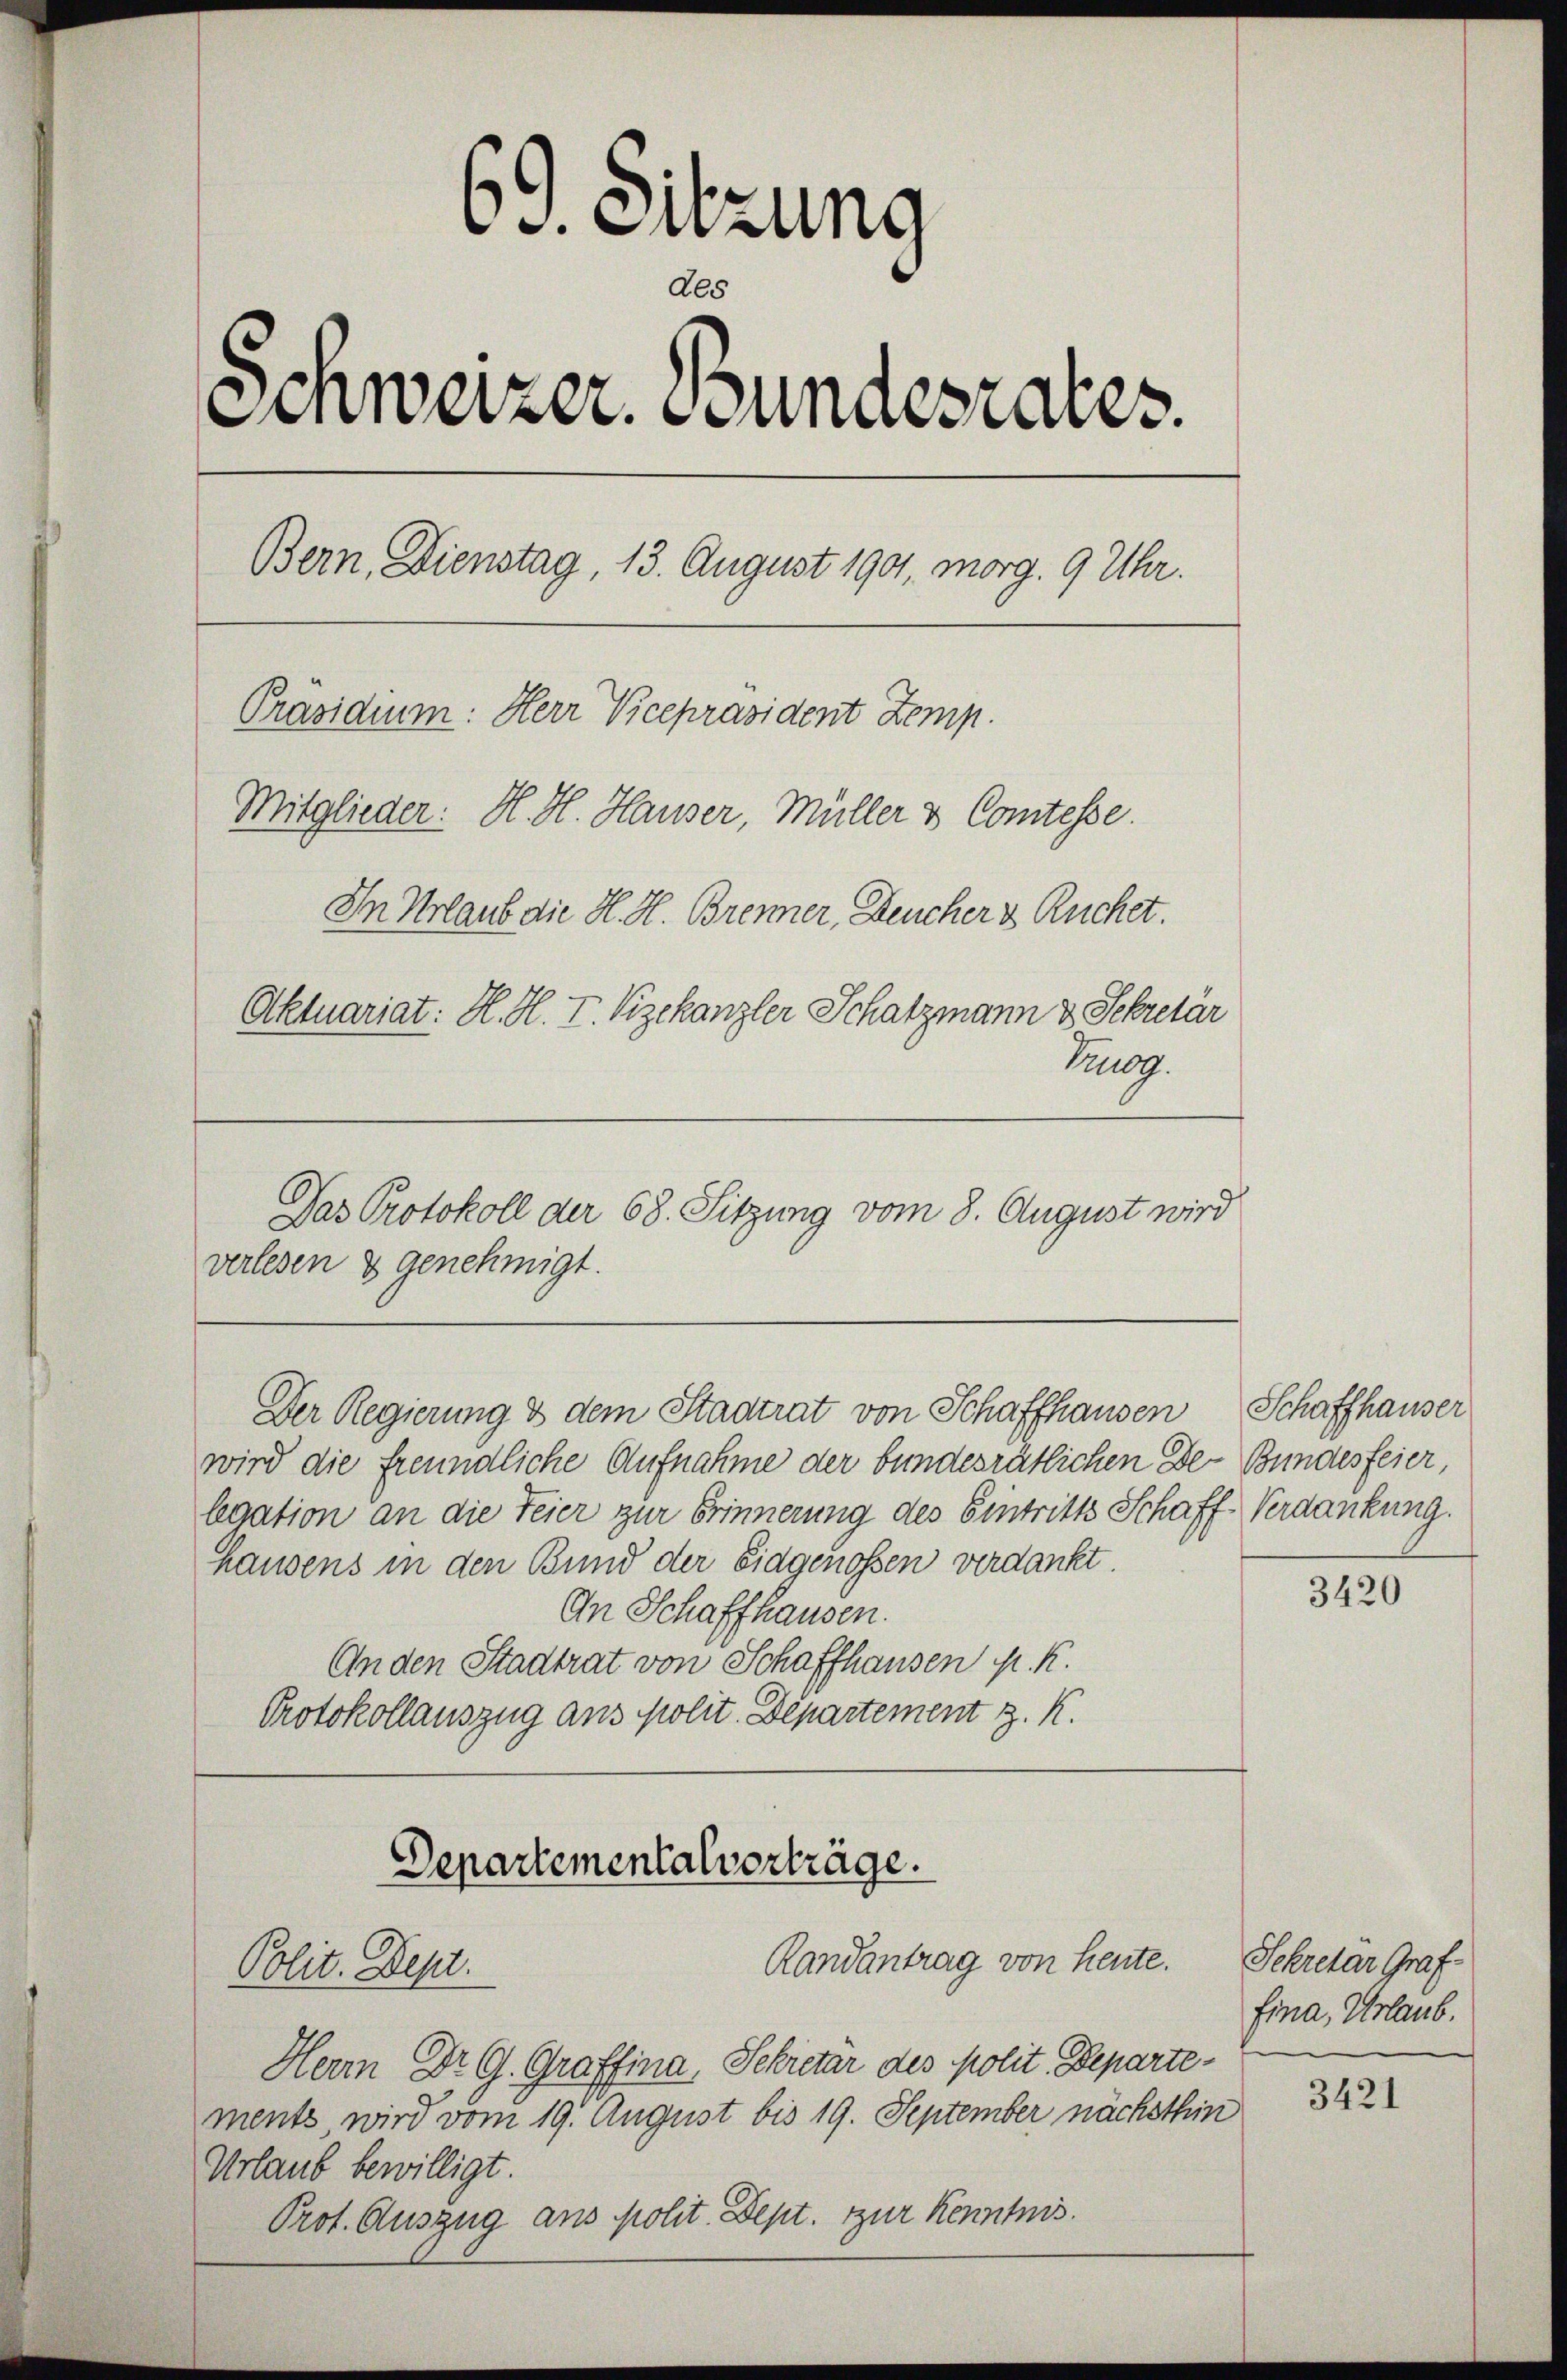
69. Sitzung
des
Schweizer. Bundesrates.
Bern, Dienstag, 13. August 190, morg. 9 Uhr.
Präsidium: Herr Vicepräsident Zemp.
Mitglieder: H. H. Hauser, Müller & Comtesse.
In Urlaub die H. H. Brenner, Deucher & Ruchet.
Aktuariat: H. H. V. Vizekanzler Schatzmann & Sekretär
Trugg.

Das Protokoll der 68. Sitzung vom 8. August wird
verlesen & genehmigt.

wird die freundliche Aufnahme der bundesrätlichen De-Bundesfeier,
legation an die Feier zur Erinnerung des Eintritts Schaff-Verdankung.
Hausens in den Bund der Eidgenossen verdankt.
An Schaffhausen.
An den Stadtrat von Schaffhausen K. K.
Protokollauszug aus polit. Departement z. K.

Herr Dr G. Graffina, Schretar des polit. Departements, wird vom 19. August bis 19. September nächsthin
Urlaub bewilligt.
Prot. Auszug aus polit. Dept. zur Kenntnis.

Der Regierung & dem Stadtrat von Schaffhausen Schaffhauser

Departementalverträge.
Randantrag von heute.
Polit. Dept.

3420

Schretär Graf.
fina, Urlaub.

3421